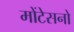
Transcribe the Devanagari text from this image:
मोंटेसनो